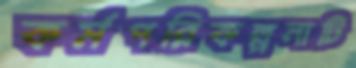
কর্মপরিকল্পনাটি